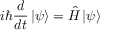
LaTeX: i \hbar { \frac { d } { d t } } \left| \psi \right\rangle = { \hat { H } } \left| \psi \right\rangle